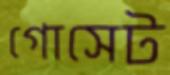
গোসেট